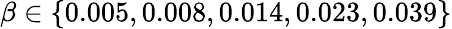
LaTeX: \beta\in\{ 0.005,0.008,0.014,0.023,0.039\}